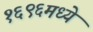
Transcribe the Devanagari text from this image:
१६९६मध्ये